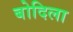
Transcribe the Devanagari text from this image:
बोदिला